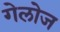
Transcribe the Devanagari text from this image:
गेलोज